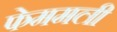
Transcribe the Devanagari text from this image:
फेममली